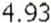
4.93